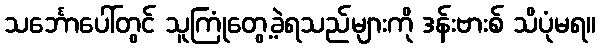
သင်္ဘောပေါ်တွင် သူကြုံတွေ့ခဲ့ရသည်များကို ဒန်းဗားစ် သိပုံမရ။